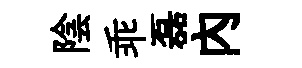
陰乖磊内